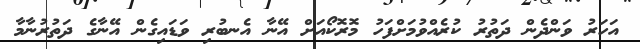
އަހަރު ވަންދެން ދަތުރު ކުރެއްވުމަށްފަހު މޮރޮކޯއަށް އޭނާ އެނބުރި ވަޑައިގެން އޭނާގެ ދަތުރުނާމާ